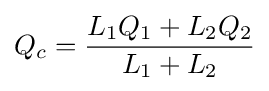
Q_{c}={\frac {L_{1}Q_{1}+L_{2}Q_{2}}{L_{1}+L_{2}}}